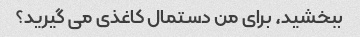
ببخشید، برای من دستمال کاغذی می گیرید؟